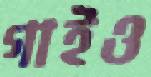
গাইও